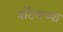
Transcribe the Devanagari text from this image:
वॉट्सच्या